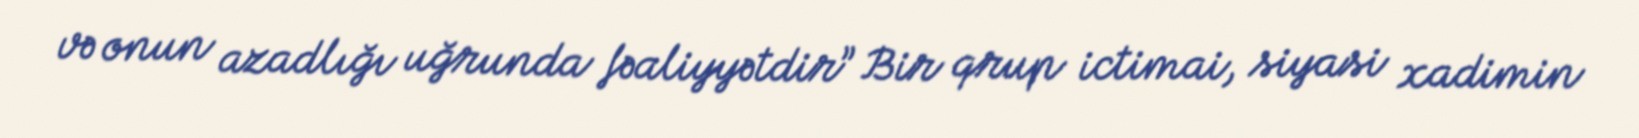
və onun azadlığı uğrunda fəaliyyətdir” Bir qrup ictimai, siyasi xadimin